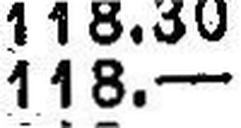
118.—